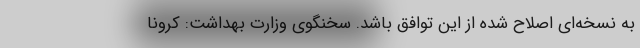
به نسخه‌ای اصلاح شده از این توافق باشد. سخنگوی وزارت بهداشت: کرونا